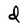
Character: d